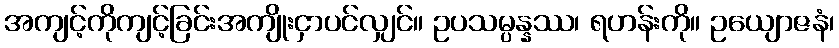
အကျင့်ကိုကျင့်ခြင်းအကျိုးငှာပင်လျှင်။ ဥပသမ္ပန္နဿ၊ ရဟန်းကို။ ဥယျောဇနံ၊